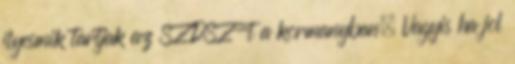
ilyesmik tartjak az SZDSZ-t a kormanyban. Vagyis ha jol